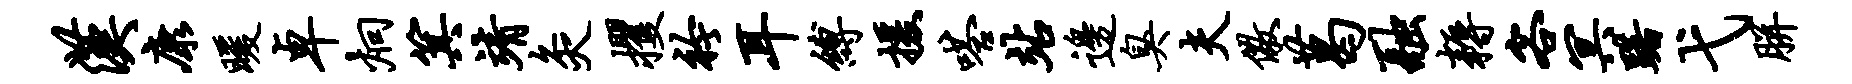
汉康暖卓炯箕靖灸攫衿耳缚援嗒站边臭夫儆葛融耨客冥躇弋胼